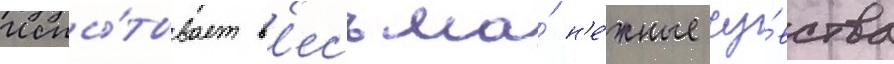
Испы́тывает в'есьма́ н'е́жные чу́вства